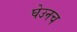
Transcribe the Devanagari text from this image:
घेउनच